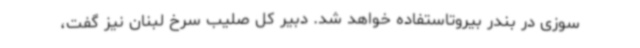
سوزی در بندر بیروتاستفاده خواهد شد. دبیر کل صلیب سرخ لبنان نیز گفت،